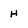
Character: H